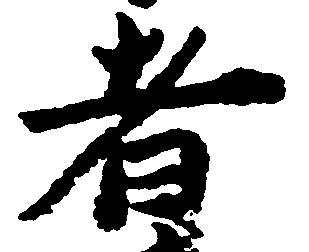
者